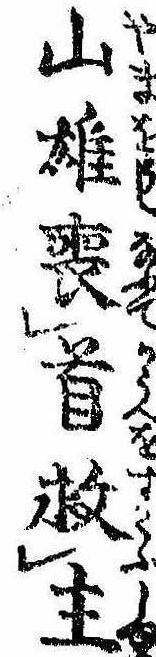
山雄喪首救主